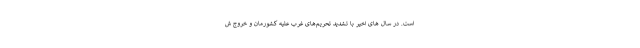
است. در سال های اخیر با تشدید تحریم‌های غرب علیه کشورمان و خروج ش